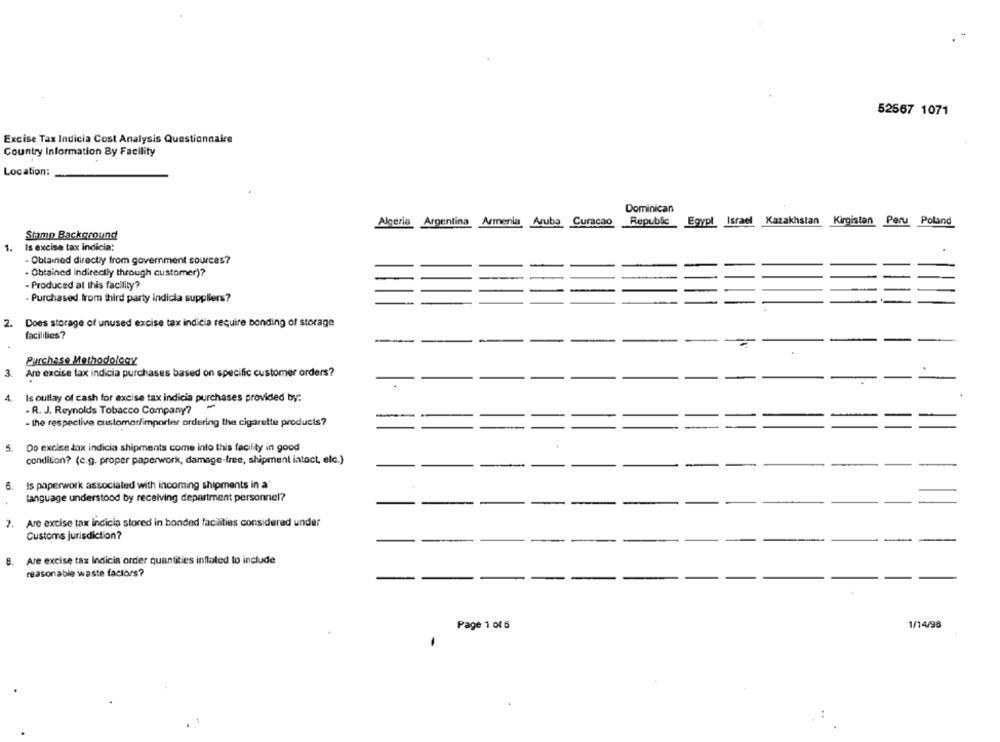
52567 1071
Excise Tax Indicia Cost Analysis Questionnaire
Country Information By Facility
Location:
Dominican
Algeria Argentina Armenia Aruba Curacao
Republic Egypl Israel Kazakhstan Kirgistan Peru Poland
Stamp Background
1.
Is excise tax indicia;
- Obtained directly from government sources?
- Obtained indirectly through customer)?
- Produced at this facility?
- Purchased from third party indicia suppliers?
2.
Does storage of unused excise tax indicia require bonding of storage
facilities?
Purchase Methodology
Are excise tax indicia purchases based on specific customer orders?
3.
4.
Is outlay of cash for excise tax indicia purchases provided by:
. R. J. Reynolds Tobacco Company?
-
-
- the respective customer/importer ordering the cigarette products?
5.
Oo excise tax indicia shipments come into this facility in good
condition? (e.g. proper paperwork, damage-free, shipment intact, elc.)
6. Is paperwork associated with incoming shipments in a'
language understood by receiving department personnel?
7. Are excise tax indicia stored in bonded facilities considered under
Customs jurisdiction?
Are excise tax Indicia order quantities inflated to include
reasonable waste factors?
1/14/98
Page 1 of 6
-